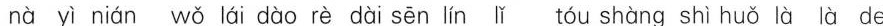
nà yì nián wǒ lái dào rè dài sēn lín lǐ tou shàng shì huǒ là là de